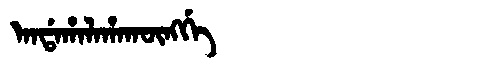
Manchu: ᠠᠨᡩᠠᡥᠠᠯᠠᡥᠠᡴᡡᠩᡤᡝ
Romanization: ANDAHALAHAKŪNGGE